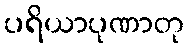
ပရိယာပုဏာတု